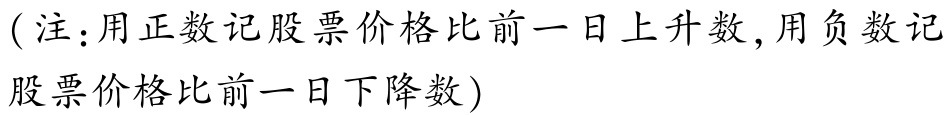
（注：用正数记股票价格比前一日上升数，用负数记股票价格比前一日下降数）